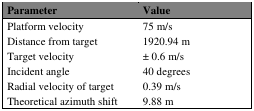
<table><thead><tr><td><b>Parameter</b></td><td><b>Value</b></td></tr></thead><tbody><tr><td>Platform velocity</td><td>75 m/s</td></tr><tr><td>Distance from target</td><td>1920.94 m</td></tr><tr><td>Target velocity</td><td>± 0.6 m/s</td></tr><tr><td>Incident angle</td><td>40 degrees</td></tr><tr><td>Radial velocity of target</td><td>0.39 m/s</td></tr><tr><td>Theoretical azimuth shift</td><td>9.88 m</td></tr></tbody></table>